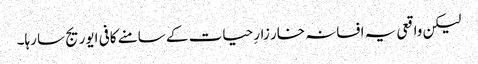
لیکن واقعی یہ افسانہ خار زارِ حیات کے سامنے کافی ایوریج سا رہا۔